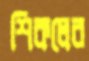
শিকলের